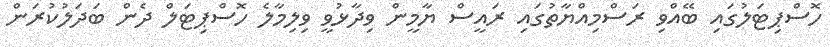
ހޮސްޕިޓަލުގައި ބޭއްވި ރަސްމިއްޔާތުގައި ރައީސް ޔާމީން ވިދާޅުވީ ވިލިމާލެ ހޮސްޕިޓަލް ދެން ބަދަލުކުރަން